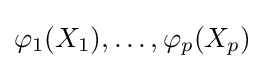
\varphi _{1}(X_{1}),\dots ,\varphi _{p}(X_{p})